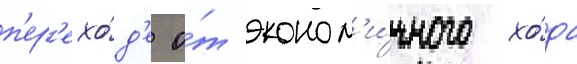
п'ер'ехо́д'е о́т эконом'и́чного хо́да